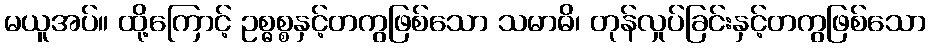
မယူအပ်။ ထို့ကြောင့် ဥစ္ဓစ္စနှင့်တကွဖြစ်သော သမာဓိ၊ တုန်လှုပ်ခြင်းနှင့်တကွဖြစ်သော